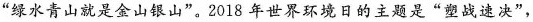
”绿水青山就是金山银山”。2018年世界环境日的主题是”塑战速决”，